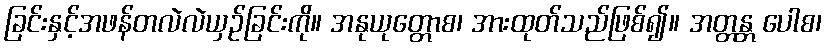
ခြင်းနှင့်အဖန်တလဲလဲယှဉ်ခြင်းကို။ အနုယုတ္တောစ၊ အားထုတ်သည်ဖြစ်၍။ အတ္တန္တ ပေါစ၊